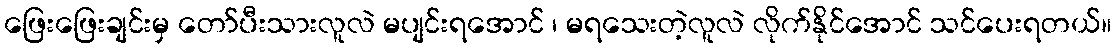
ဖြေးဖြေးချင်းမှ တော်ပီးသားလူလဲ မပျင်းရအောင် ၊ မရသေးတဲ့လူလဲ လိုက်နိုင်အောင် သင်ပေးရတယ်။